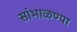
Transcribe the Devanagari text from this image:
सांभाळण्या